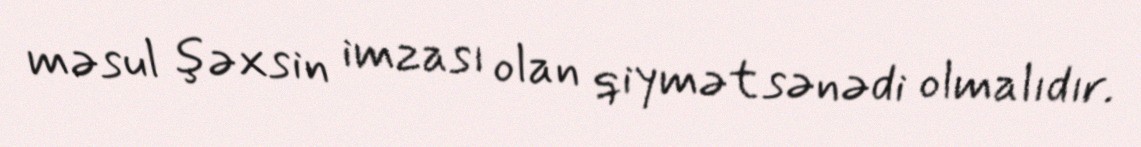
məsul şəxsin imzası olan qiymət sənədi olmalıdır.